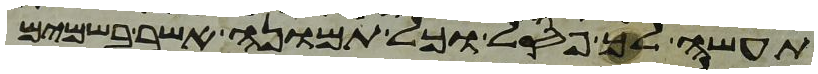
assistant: תעשה לך פסל וכל תמונה אשר בשמים